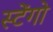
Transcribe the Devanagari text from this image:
स्टेंगो